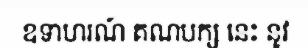
ឧទាហរណ៍ គណបក្ស នេះ នូវ